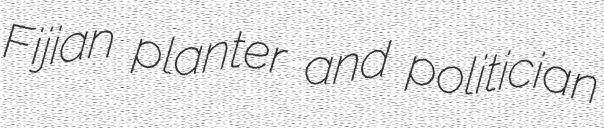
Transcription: Fijian planter and politician